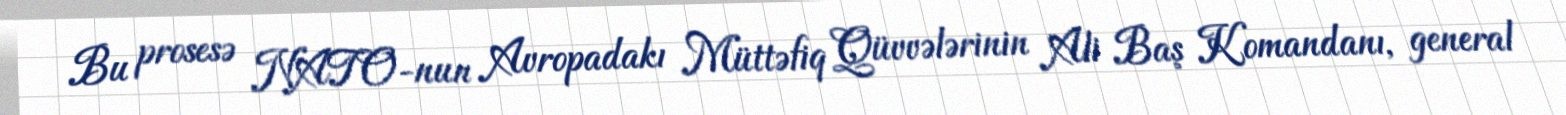
Bu prosesə NATO-nun Avropadakı Müttəfiq Qüvvələrinin Ali Baş Komandanı, general